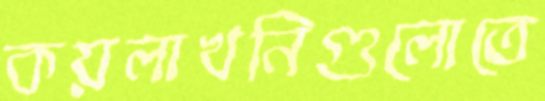
কয়লাখনিগুলোতে